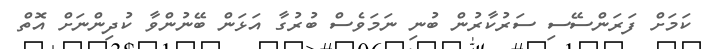
ކަމަށް ފަރަންސޭސި ސަރުކާރުން ބުނި ނަމަވެސް ބުރުގާ އަޅަން ބޭނުންވާ ކުދިންނަށް އޮތް